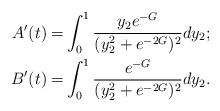
LaTeX: \begin{align*}A'(t)=&\int_0^1\frac{y_2e^{-G}}{(y_2^2+e^{-2G})^2}dy_2;\\B'(t)=&\int_0^1\frac{e^{-G}}{(y_2^2+e^{-2G})^2}dy_2.\end{align*}